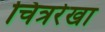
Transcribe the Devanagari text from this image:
चित्ररेखा